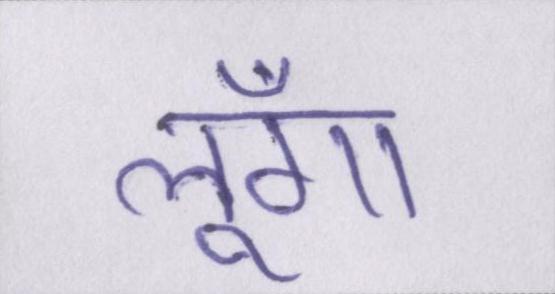
लूँगा